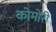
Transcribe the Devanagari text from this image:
कोमोरी